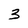
Character: 3